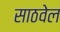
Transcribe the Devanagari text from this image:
साठवेल